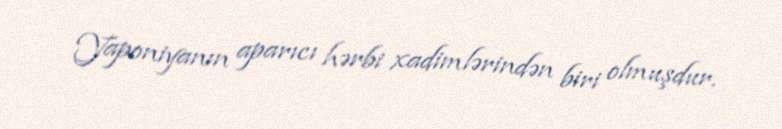
Yaponiyanın aparıcı hərbi xadimlərindən biri olmuşdur.